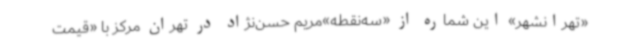
«تهرانشهر» این شماره از «سه‌نقطه»مریم حسن‌نژاد در تهران مرکز با «قیمت